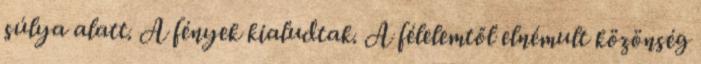
súlya alatt. A fények kialudtak. A félelemtől elnémult közönség